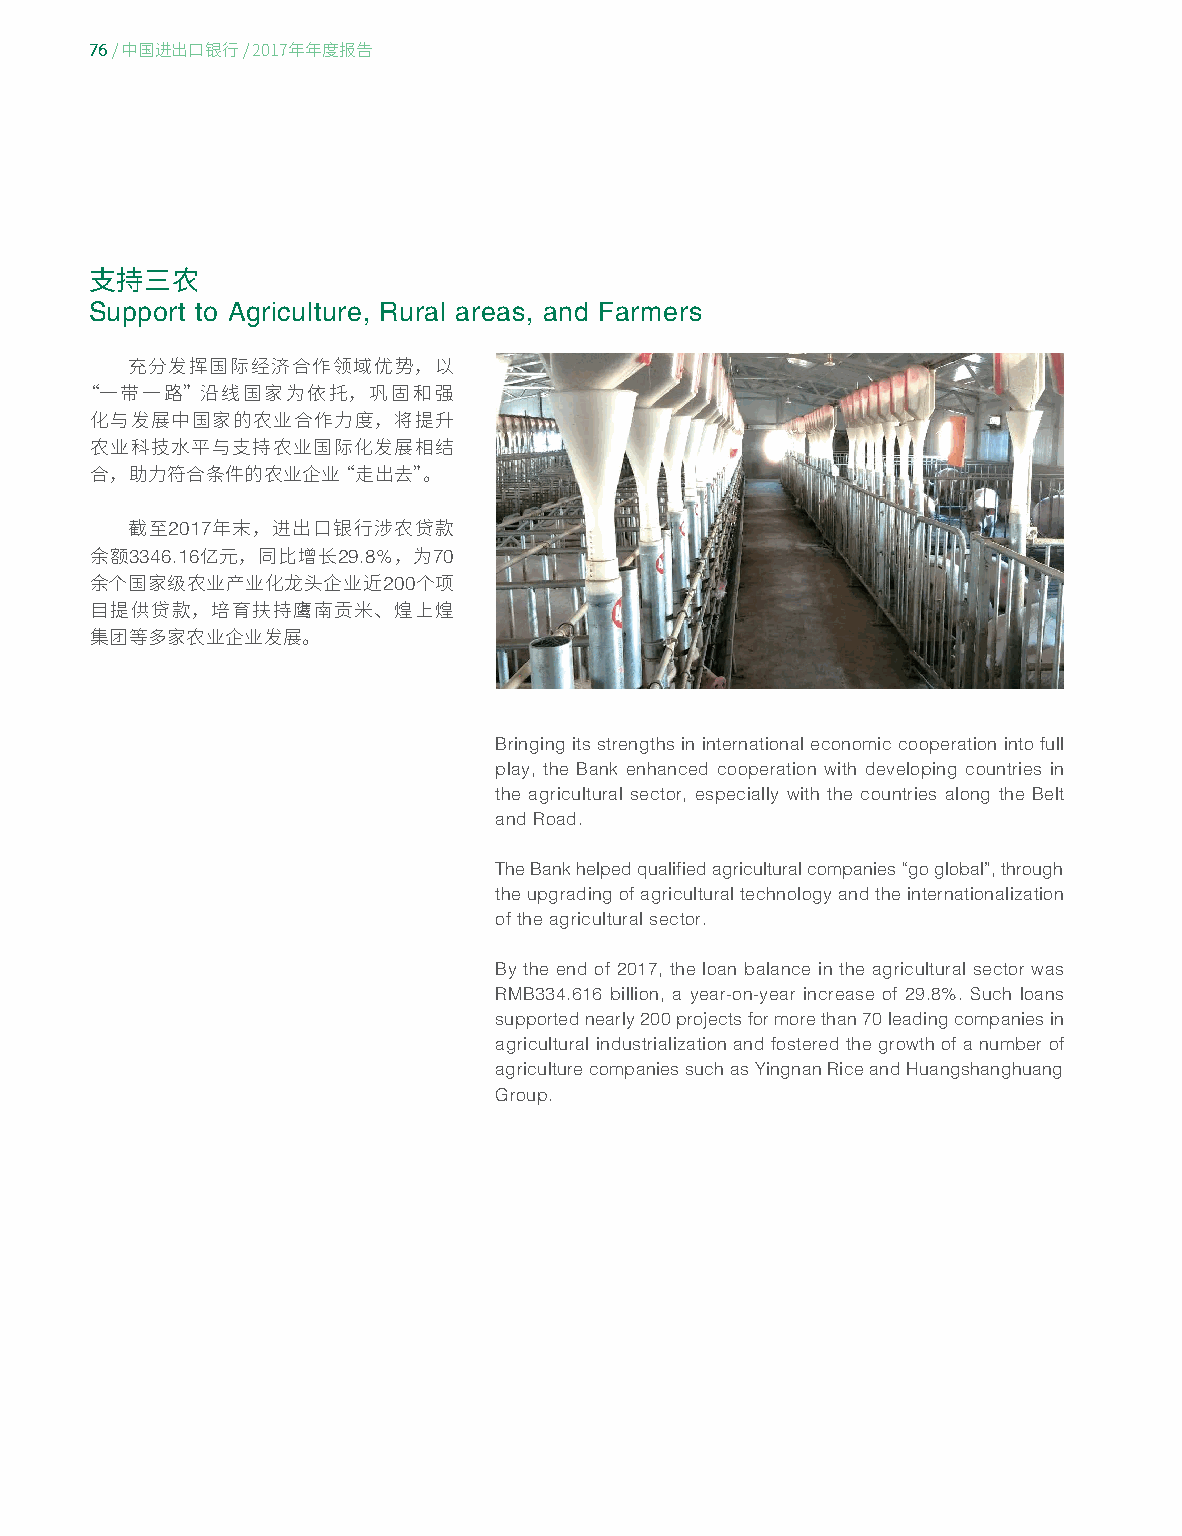
76
 / 中国进出口银行/ 2017年年度报告
 支持三农
 Support to Agriculture, Rural areas, and Farmers
 充分发挥国际经济合作领域优势，以
 “一带一路”沿线国家为依托，巩固和强
 化与发展中国家的农业合作力度，将提升
 农业科技水平与支持农业国际化发展相结
 合，助力符合条件的农业企业“走出去”。
 2017
 截至    年末，进出口银行涉农贷款
 3346.16      29.8%  70
 余额     亿元，同比增长      ，为
 200
 余个国家级农业产业化龙头企业近      个项
 目提供贷款，培育扶持鹰南贡米、煌上煌
 集团等多家农业企业发展。
 Bringing its strengths in international economic cooperation into full
 play, the Bank enhanced cooperation with developing countries in
 the agricultural sector, especially with the countries along the Belt
 and Road.
 The Bank helped qualified agricultural companies “go global”, through
 the upgrading of agricultural technology and the internationalization
 of the agricultural sector.
 By the end of 2017, the loan balance in the agricultural sector was
 RMB334.616 billion, a year-on-year increase of 29.8%. Such loans
 supported nearly 200 projects for more than 70 leading companies in
 agricultural industrialization and fostered the growth of a number of
 agriculture companies such as Yingnan Rice and Huangshanghuang
 Group.